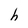
Character: h